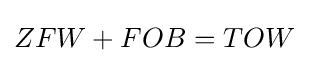
ZFW+FOB=TOW